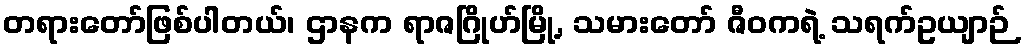
တရားတော်ဖြစ်ပါတယ်၊ ဌာနက ရာဇဂြိုဟ်မြို့, သမားတော် ဇီဝကရဲ့ သရက်ဥယျာဉ်